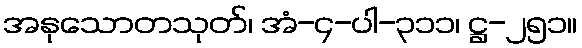
အနုသောတသုတ်၊ အံ-၄-ပါ-၃၁၁၊ ဋ္ဌ-၂၅၁။